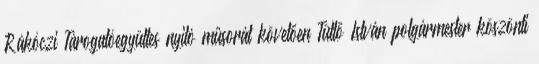
Rákóczi Tárogatóegyüttes nyitó műsorát követően Tüttő István polgármester köszönti